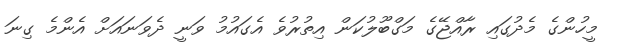
މީހުންގެ މެދުގައި ރާއްޖޭގެ މަގްބޫލުކަން އިތުރުވެ އެގައުމު ވަނީ ދެވަނައަށް އެންމެ ގިނަ